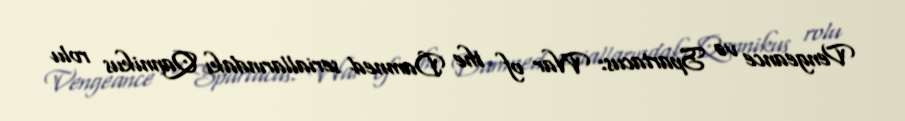
Vengeance və Spartacus: War of the Damned seriallarındakı Qannikus rolu